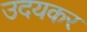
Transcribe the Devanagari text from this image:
उदयकर